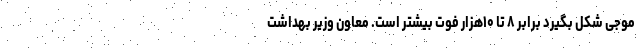
موجی شکل بگیرد برابر ۸ تا ۱۰هزار فوت بیشتر است. معاون وزیر بهداشت